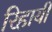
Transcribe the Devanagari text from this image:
रिहायी